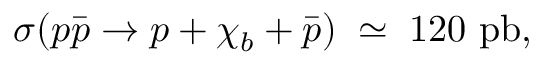
\sigma ( p \bar { p } \rightarrow p + \chi _ { b } + \bar { p } ) \; \simeq \; 1 2 0 ~ \mathrm { p b } ,